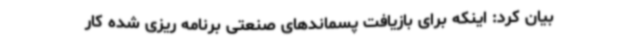
بیان کرد: اینکه برای بازیافت پسماندهای صنعتی برنامه ریزی شده کار